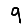
Digit: 9